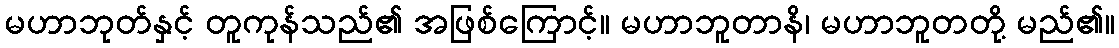
မဟာဘုတ်နှင့် တူကုန်သည်၏ အဖြစ်ကြောင့်။ မဟာဘူတာနိ၊ မဟာဘူတတို့ မည်၏။